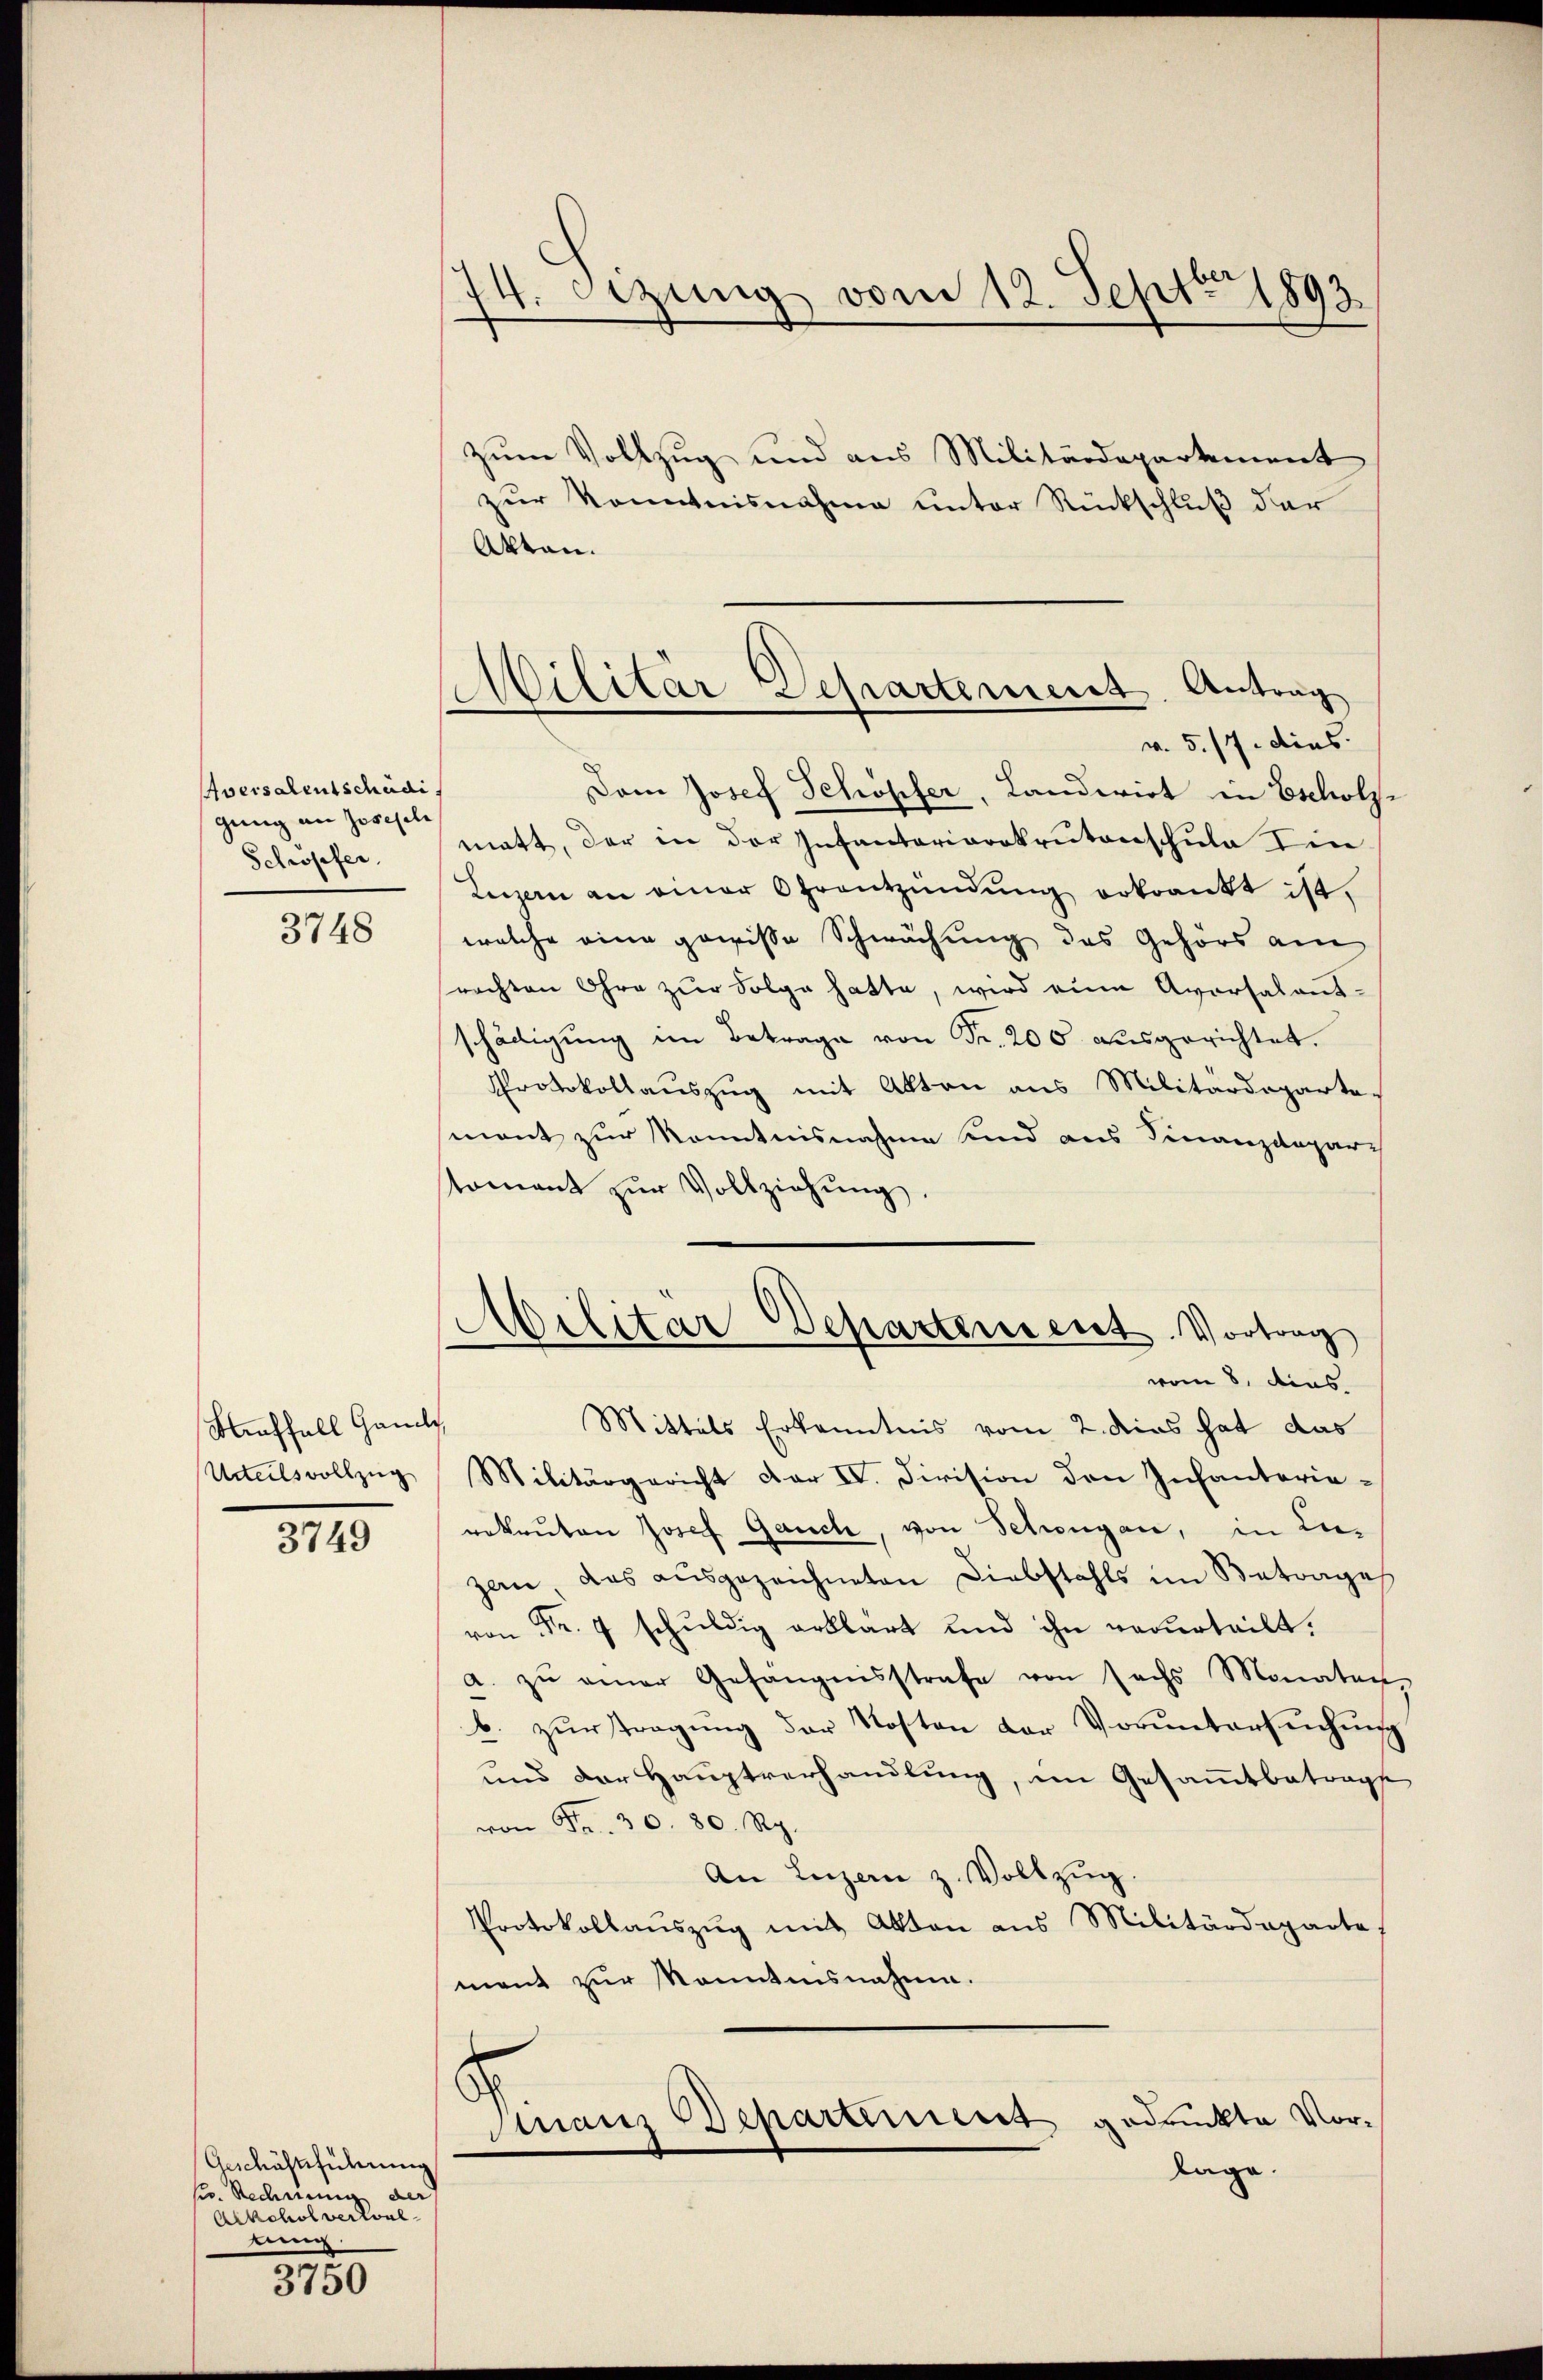
Aversalentschädi
gung an Josefele
Schröpfer,

3748

Buffall Gande
Urteilsvollzug

3749

Geschäftsführung
s. Rechnung der
Alkohol verlore
nung

3750

74. Stzung vom 12. Sept. 1893

Militär Departement. Antrag

zum Vollzug und aus Militärdepartement
zur Kenntnisnahme unter Rückschluß der
Akten.
v. 5. 17. dies
Dam Josef Schöpfer, Landerirt in Escholz-
matt, der in der Infantariorekrutenschule Ein
Luzern an einer Ohrentzündŭng erkrankt ist,
welche eine gewisse Schwächung des Gehörs am
prachten Ohre zur Folge hatte, wird eine Aversalent-
schädigung im Betrage von Fr. 200 ausgerichtet.
Protokollauszug mit Akten aus Militärdeparte
mont zur Kenntnisnahme und aus Finanzdepar-
stomant zŭr Vollziehŭng.
Militar Departensent. Vortrag
vom 8. dies
Mittels Erkenntnis vom 2. dies hat das
Militärgericht der IV. Division den Infanterie-
rekruten Josef Gauch, von Schongau, in Luzen das ausgezeichneten Diebstahls im Betrages
von Fr. 7 schuldig erklärt und ihn verurteilt.
a. zŭ einer Gefängnisstrafe von sechs Monaten
b. zŭr Tragŭng der Kosten der Vorŭntersŭchŭng
und der Hauptverhandlung, im Gesammtbetrage
von S. 30. 80. Rp.
An Luzern z. Vollzŭg.
Protokollaŭszŭg mit Akten aus Militärdeparte,
mant zur Kenntnisnahme.
Manz Departiniert gedruckte Vorlage.